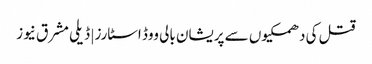
قتل کی دھمکیوں سے پریشان بالی ووڈ اسٹارز | ڈیلی مشرق نیوز